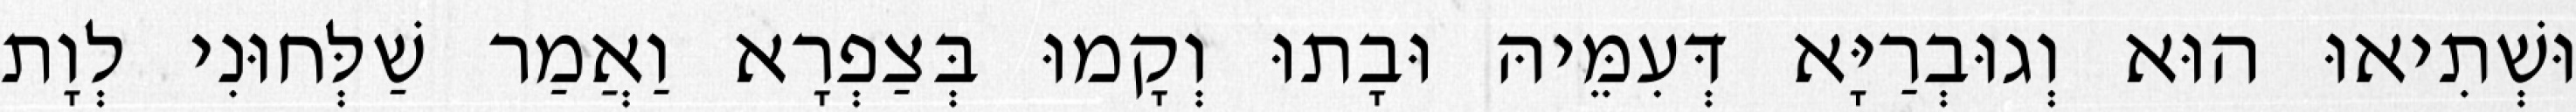
וּשְׁתִיאוּ הוּא וְגוּבְרַיָּא דְּעִמֵּיהּ וּבָתוּ וְקָמוּ בְּצַפְרָא וַאֲמַר שַׁלְּחוּנִי לְוָת